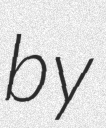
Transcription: by